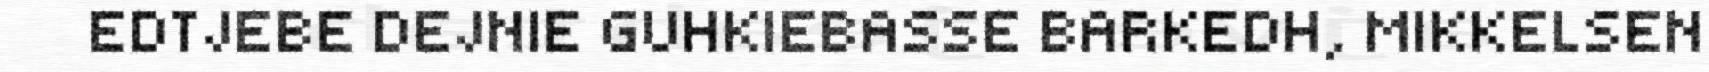
EDTJEBE DEJNIE GUHKIEBASSE BARKEDH, MIKKELSEN